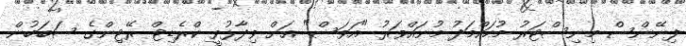
ފިނޭންސް މިނިސްޓަރު މުހައްމަދު މުނައްވަރު "އަވަސް" އަށް ވިދާޅުވީ ކްރެޑިޓް ރޭޓިންގެ ސަބަބުން